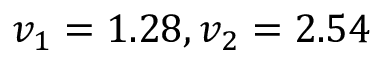
v _ { 1 } = 1 . 2 8 , v _ { 2 } = 2 . 5 4